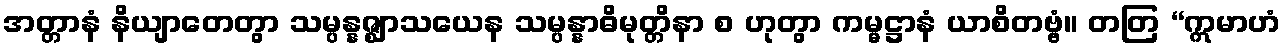
အတ္တာနံ နိယျာတေတွာ သမ္ပန္နဇ္ဈာသယေန သမ္ပန္နာဓိမုတ္တိနာ စ ဟုတွာ ကမ္မဋ္ဌာနံ ယာစိတဗ္ဗံ။ တတြ “ဣမာဟံ